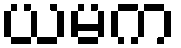
ယမက